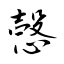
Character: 愨